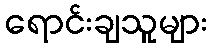
ရောင်းချသူများ